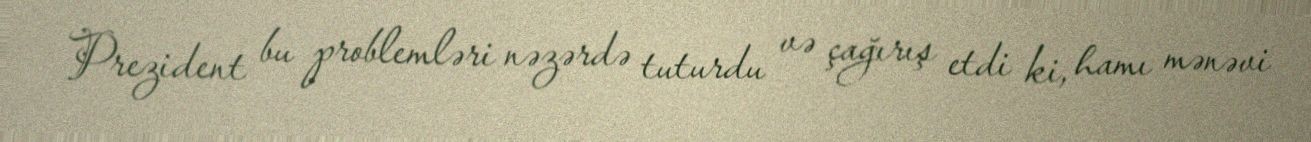
Prezident bu problemləri nəzərdə tuturdu və çağırış etdi ki, hamı mənəvi